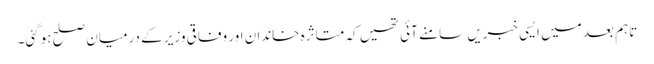
تاہم بعد میں ایسی خبریں سامنے آئی تھیں کہ متاثرہ خاندان اور وفاقی وزیر کے درمیان صلح ہوگئی۔